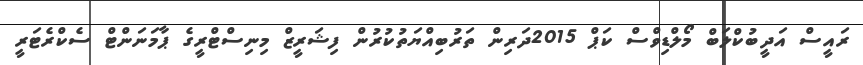
ރައީސް އަދީބުކްލަބް މޯލްޑިވްސް ކަޕް 2015ދަރިން ތަރުބިއްޔަތުކުރުން ފިޝަރީޒް މިނިސްޓްރީގެ ޕާމަނަންޓް ސެކްރެޓަރީ